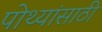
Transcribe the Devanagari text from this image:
पोथ्यांसाठी